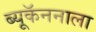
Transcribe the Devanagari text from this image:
ब्यूकॅननाला